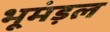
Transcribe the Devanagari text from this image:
भूमंड़ल